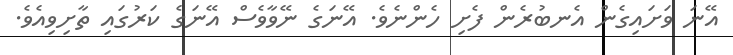
އޭނަ ވަށައިގެން އެނބުރެން ފެށި ހެންނެވެ. އޭނަގެ ނޭވާވެސް އޭނަގެ ކަރުގައި ތާށިވިއެވެ.